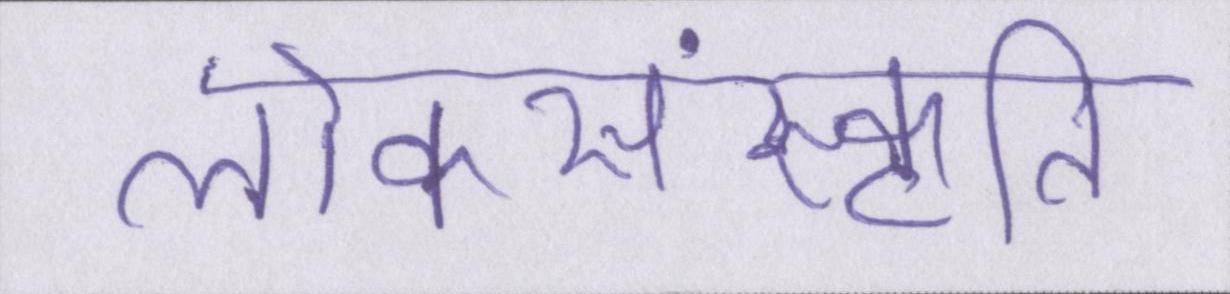
लोकसंस्कृति